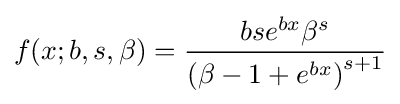
f(x;b,s,\beta )={\frac {bse^{bx}\beta ^{s}}{\left(\beta -1+e^{bx}\right)^{s+1}}}